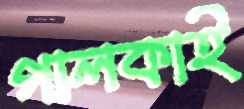
গালকাই